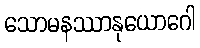
သောမနဿာနုယောဂေါ